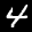
Label: 4